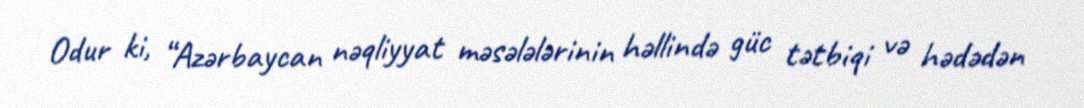
Odur ki, “Azərbaycan nəqliyyat məsələlərinin həllində güc tətbiqi və hədədən